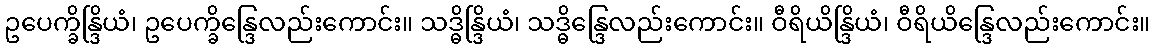
ဥပေက္ခိန္ဒြိယံ၊ ဥပေက္ခိန္ဒြေလည်းကောင်း။ သဒ္ဓိန္ဒြိယံ၊ သဒ္ဓိန္ဒြေလည်းကောင်း။ ဝီရိယိန္ဒြိယံ၊ ဝီရိယိန္ဒြေလည်းကောင်း။